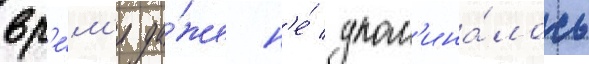
вр'е́м'я да́же н'е́ упом'ина́лось